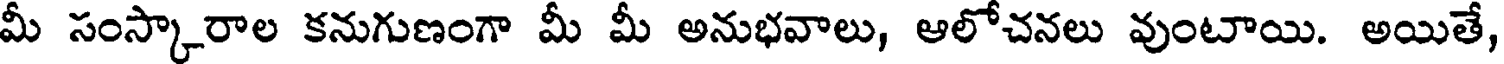
మీ సంస్కారాల కనుగుణంగా మీ మీ అనుభవాలు, ఆలోచనలు వుంటాయి. అయితే,